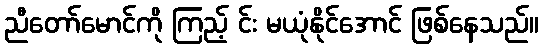
ညီတော်မောင်ကို ကြည့် င်း မယုံနိုင်အောင် ဖြစ်နေသည်။